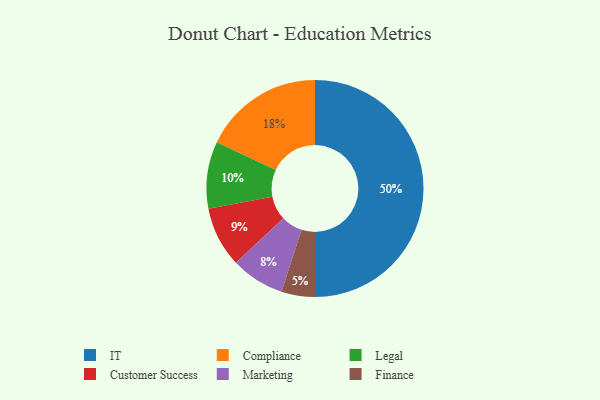
{"axis": {"x": "Category", "y": "Percentage"}, "legend": ["Compliance", "Customer Success", "Finance", "IT", "Legal", "Marketing"], "data": [{"x": "Marketing", "y": 8, "type": "Marketing"}, {"x": "Finance", "y": 5, "type": "Finance"}, {"x": "IT", "y": 50, "type": "IT"}, {"x": "Compliance", "y": 18, "type": "Compliance"}, {"x": "Customer Success", "y": 9, "type": "Customer Success"}, {"x": "Legal", "y": 10, "type": "Legal"}]}